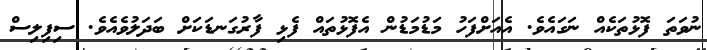
ނުވަަތަ ފޮޅުތަކެއް ނަގައެވެ. އެއަށްފަހު މަޑުމަޑުން އެފޮޅުތައް ފެޅި ފާރުގަނޑަކަށް ބަދަލުވެއެވެ. ސިފިލިސް